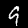
Digit: 9